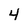
Character: 4